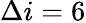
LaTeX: \Delta i=6